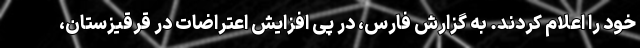
خود را اعلام کردند. به گزارش فارس، در پی افزایش اعتراضات در قرقیزستان،